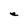
Character: e